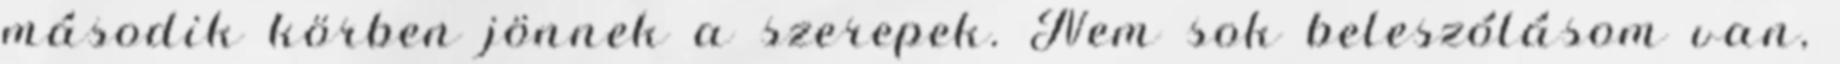
második körben jönnek a szerepek. Nem sok beleszólásom van,